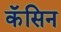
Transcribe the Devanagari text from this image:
कॅसिन